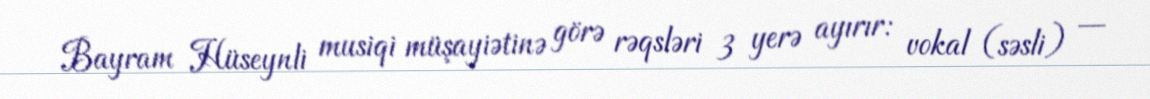
Bayram Hüseynli musiqi müşayiətinə görə rəqsləri 3 yerə ayırır: vokal (səsli) —